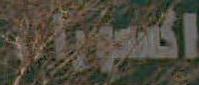
اكسجبار